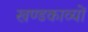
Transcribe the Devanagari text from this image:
खण्डकाव्यों